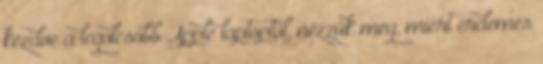
kezdve a legolcsóbb Apple laptoptól, nézzük meg, miért érdemes